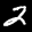
Label: 2